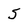
Character: 5